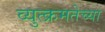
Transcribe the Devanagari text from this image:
व्युत्क्रमतेच्या